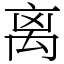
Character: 离